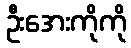
ဦးအေးကိုကို